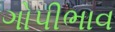
ગોપીભાવ